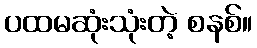
ပထမဆုံးသုံးတဲ့ စနစ်။